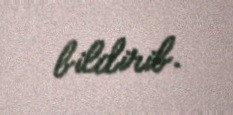
bildirib.